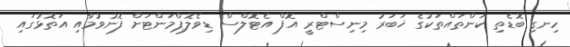
ހިނގި ބޮޑެތި ކަންތައްތަކުގެ ޚަބަރު މިނިސްޓްރީ އޮފް އެޓޮލްސް ޑިވެލޮޕްމަންޓަށް ފޮނުވުމާއި އަތޮޅުގައި